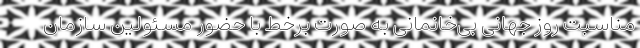
مناسبت روز جهانی بی‌‌خانمانی به صورت برخط با حضور مسئولین سازمان